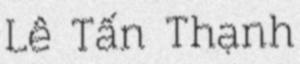
Lê Tấn Thạnh